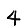
Digit: 4